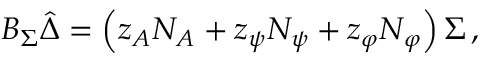
{ { \cal B } _ { \Sigma } } \hat { \Delta } = \left( z _ { A } { \cal N } _ { A } + z _ { \psi } { \cal N } _ { \psi } + z _ { \varphi } { \cal N } _ { \varphi } \right) \Sigma \, ,